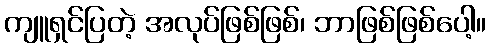
ကျူရှင်ပြတဲ့ အလုပ်ဖြစ်ဖြစ်၊ ဘာဖြစ်ဖြစ်ပေါ့။